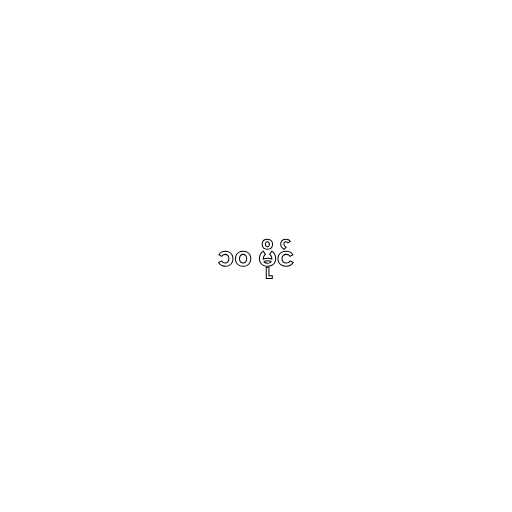
၁၀ မိုင်